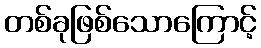
တစ်ခုဖြစ်သောကြောင့်